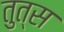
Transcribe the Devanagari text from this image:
तुत्स